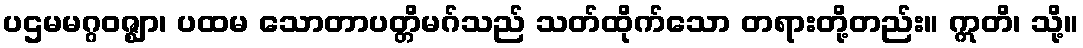
ပဌမမဂ္ဂဝဇ္ဈာ၊ ပထမ သောတာပတ္တိမဂ်သည် သတ်ထိုက်သော တရားတို့တည်း။ ဣတိ၊ သို့။